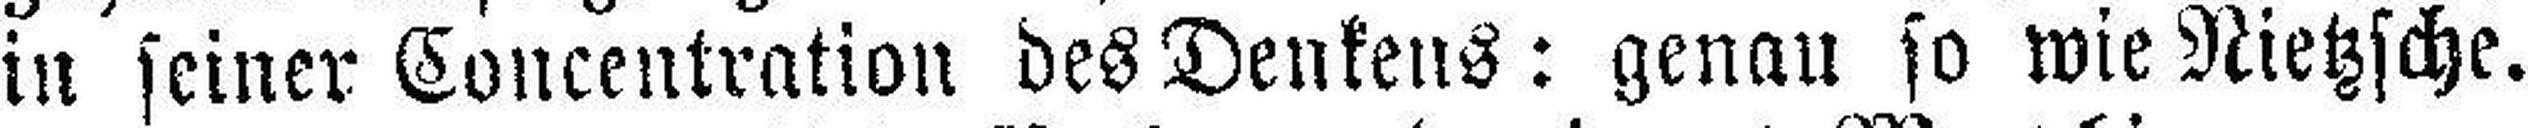
in seiner Concentration des Denkens: genau so wie Nietzsche.